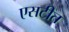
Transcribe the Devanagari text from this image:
एसटीत